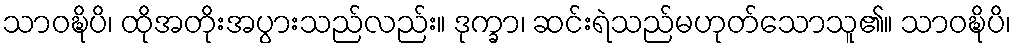
သာဝဍ္ဎိပိ၊ ထိုအတိုးအပွားသည်လည်း။ ဒုက္ခာ၊ ဆင်းရဲသည်မဟုတ်သောသူ၏။ သာဝဍ္ဎိပိ၊